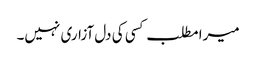
میرا مطلب کسی کی دل آزاری نہیں۔